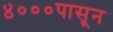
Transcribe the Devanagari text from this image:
४०००पासून